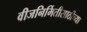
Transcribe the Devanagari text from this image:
वीजनिर्मितीसाठीच्या